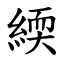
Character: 緛